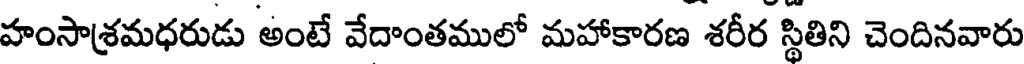
హంసాశ్రమధరుడు అంటే వేదాంతములో మహాకారణ శరీర స్థితిని చెందినవారు